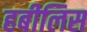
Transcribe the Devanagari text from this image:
हबीलिस